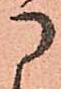
に